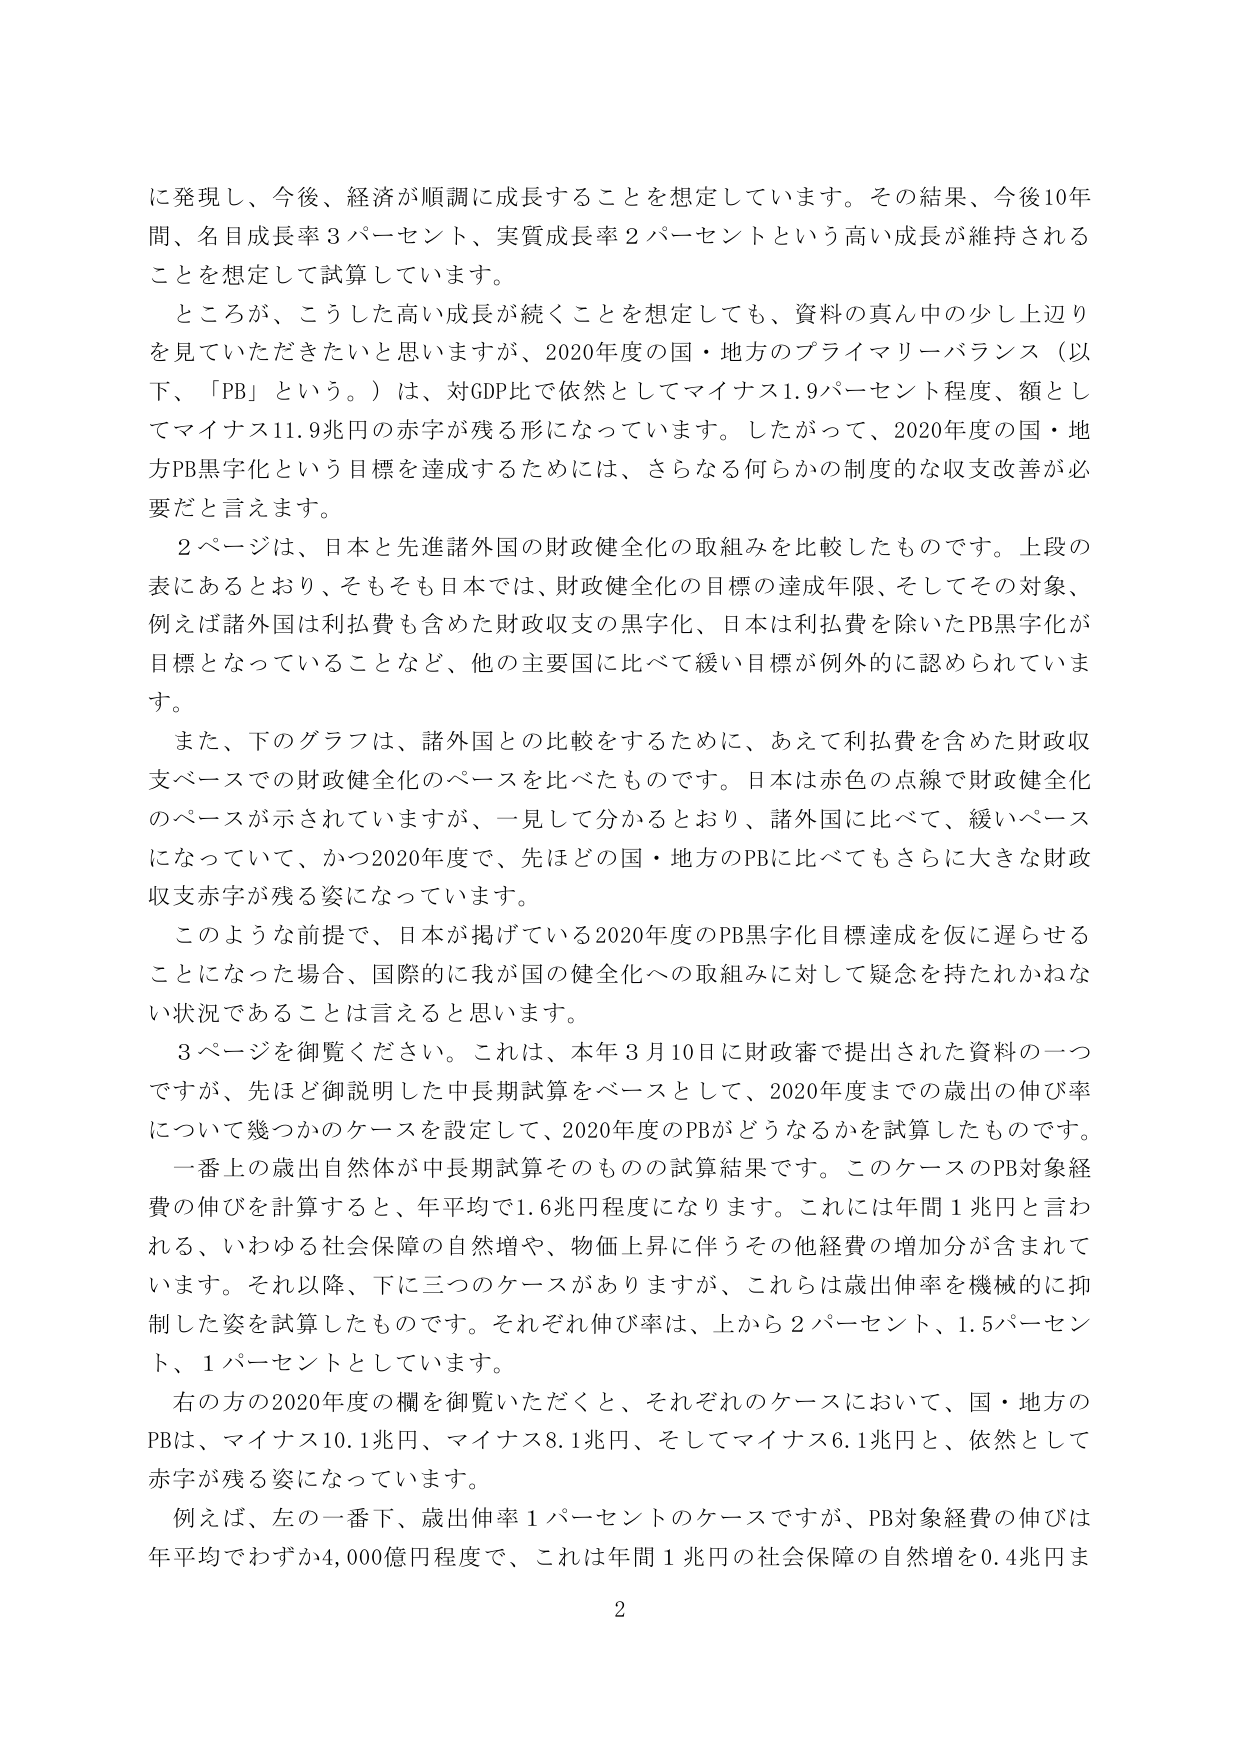
に発現し、今後、経済が順調に成長することを想定しています。その結果、今後10年間、名目成長率3パーセント、実質成長率2パーセントという高い成長が維持されることを想定して試算しています。

ところが、こうした高い成長が続くことを想定しても、資料の真ん中の少し上辺りを見ていただきたいと思いますが、2020年度の国・地方のプライマリーバランス（以下、「PB」という。）は、対GDP比で依然としてマイナス1.9パーセント程度、額としてマイナス11.9兆円の赤字が残る形になっています。したがって、2020年度の国・地方PB黒字化という目標を達成するためには、さらなる何らかの制度的な収支改善が必要だと言えます。

2ページは、日本と先進諸外国の財政健全化の取組みを比較したものです。上段の表にあるとおり、そもそも日本では、財政健全化の目標の達成年限、そしてその対象、例えば諸外国は利払費も含めた財政収支の黒字化、日本は利払費を除いたPB黒字化が目標となっていることなど、他の主要国に比べて緩い目標が例外的に認められています。

また、下のグラフは、諸外国との比較をするために、あえて利払費を含めた財政収支ベースでの財政健全化のペースを比べたものです。日本は赤色の点線で財政健全化のペースが示されていますが、一見して分かるとおり、諸外国に比べて、緩いペースになっていて、かつ2020年度で、先ほどの国・地方のPBに比べてもさらに大きな財政収支赤字が残る姿になっています。

このような前提で、日本が掲げている2020年度のPB黒字化目標達成を仮に遅らせることになった場合、国際的に我が国の健全化への取組みに対して疑念を持たれかねない状況であることは言えると思います。

3ページを御覧ください。これは、本年3月10日に財政審で提出された資料の一つですが、先ほど御説明した中長期試算をベースとして、2020年度までの歳出の伸び率について幾つかのケースを設定して、2020年度のPBがどうなるかを試算したものです。

一番上の歳出自然体が中長期試算そのものの試算結果です。このケースのPB対象経費の伸びを計算すると、年平均で1.6兆円程度になります。これには年間1兆円と言われる、いわゆる社会保障の自然増や、物価上昇に伴うその他経費の増加分が含まれています。それ以降、下に三つのケースがありますが、これらは歳出伸率を機械的に抑制した姿を試算したものです。それぞれ伸び率は、上から2パーセント、1.5パーセント、1パーセントとしています。

右の方の2020年度の欄を御覧いただくと、それぞれのケースにおいて、国・地方のPBは、マイナス10.1兆円、マイナス8.1兆円、そしてマイナス6.1兆円と、依然として赤字が残る姿になっています。

例えば、左の一番下、歳出伸率1パーセントのケースですが、PB対象経費の伸びは年平均でわずか4,000億円程度で、これは年間1兆円の社会保障の自然増を0.4兆円ま

2